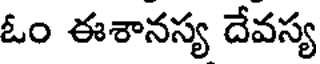
ఓం ఈశానస్య దేవస్య